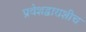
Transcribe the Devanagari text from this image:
प्रवेशद्वाराशीच